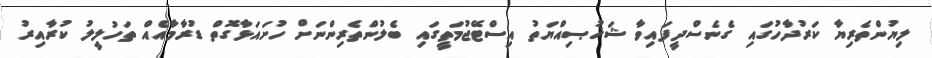
ލިޔުންތެރިޔާ ކަރުދާހުގައި ގެނެސްދީފައިވާ ޝަޚުޞިއްޔަތު އިސްޓޭޖުމަތީގައި ބެލުންތެރިންނަށް ހުށައަޅާގޮތް ޑުރާމާއެއް ތަހުލީލު ކުރާއިރު